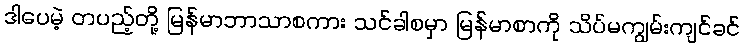
ဒါပေမဲ့ တပည့်တို့ မြန်မာဘာသာစကား သင်ခါစမှာ မြန်မာစာကို သိပ်မကျွမ်းကျင်ခင်